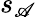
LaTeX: s_{\mathscr{A}}